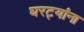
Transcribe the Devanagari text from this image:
घरट्यांना